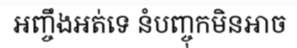
អញ្ចឹងអត់ទេ នំបញ្ចុកមិនអាច